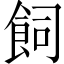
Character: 飼